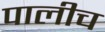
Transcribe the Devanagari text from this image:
पालीच